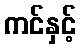
ကင်နှင့်